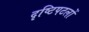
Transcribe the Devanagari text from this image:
दृष्टिपटलों